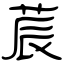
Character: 莀